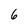
Character: 6